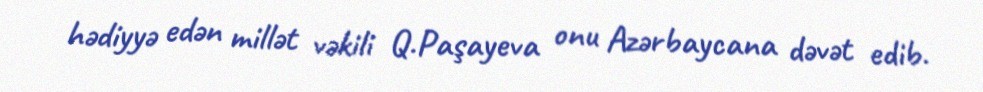
hədiyyə edən millət vəkili Q.Paşayeva onu Azərbaycana dəvət edib.